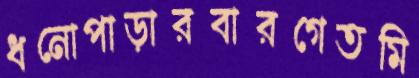
ধনোপাড়ারবারগেতমি